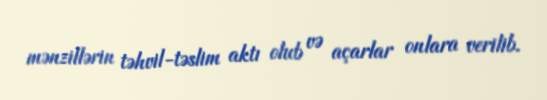
mənzillərin təhvil-təslim aktı olub və açarlar onlara verilib.